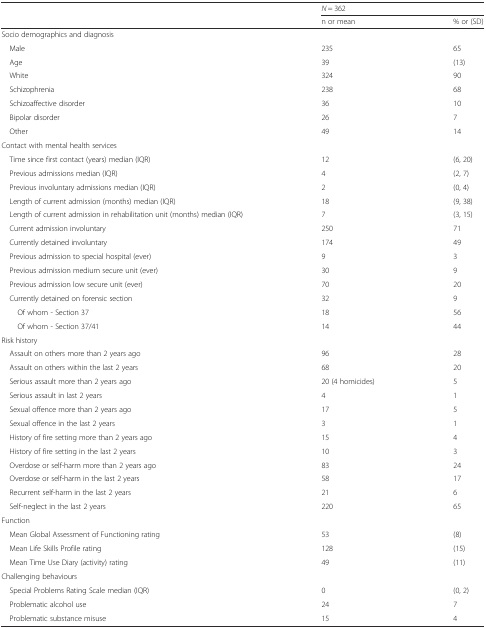
<table><thead><tr><td></td><td colspan="2"><b><i>N</i> = 362</b></td></tr><tr><td></td><td><b>n or mean</b></td><td><b>% or (SD)</b></td></tr></thead><tbody><tr><td>Socio demographics and diagnosis</td><td></td><td></td></tr><tr><td> Male</td><td>235</td><td>65</td></tr><tr><td> Age</td><td>39</td><td>(13)</td></tr><tr><td> White</td><td>324</td><td>90</td></tr><tr><td> Schizophrenia</td><td>238</td><td>68</td></tr><tr><td> Schizoaffective disorder</td><td>36</td><td>10</td></tr><tr><td> Bipolar disorder</td><td>26</td><td>7</td></tr><tr><td> Other</td><td>49</td><td>14</td></tr><tr><td>Contact with mental health services</td><td></td><td></td></tr><tr><td> Time since first contact (years) median (IQR)</td><td>12</td><td>(6, 20)</td></tr><tr><td> Previous admissions median (IQR)</td><td>4</td><td>(2, 7)</td></tr><tr><td> Previous involuntary admissions median (IQR)</td><td>2</td><td>(0, 4)</td></tr><tr><td> Length of current admission (months) median (IQR)</td><td>18</td><td>(9, 38)</td></tr><tr><td> Length of current admission in rehabilitation unit (months) median (IQR)</td><td>7</td><td>(3, 15)</td></tr><tr><td> Current admission involuntary</td><td>250</td><td>71</td></tr><tr><td> Currently detained involuntary</td><td>174</td><td>49</td></tr><tr><td> Previous admission to special hospital (ever)</td><td>9</td><td>3</td></tr><tr><td> Previous admission medium secure unit (ever)</td><td>30</td><td>9</td></tr><tr><td> Previous admission low secure unit (ever)</td><td>70</td><td>20</td></tr><tr><td> Currently detained on forensic section</td><td>32</td><td>9</td></tr><tr><td>Of whom - Section 37</td><td>18</td><td>56</td></tr><tr><td>Of whom - Section 37/41</td><td>14</td><td>44</td></tr><tr><td>Risk history</td><td></td><td></td></tr><tr><td> Assault on others more than 2 years ago</td><td>96</td><td>28</td></tr><tr><td> Assault on others within the last 2 years</td><td>68</td><td>20</td></tr><tr><td> Serious assault more than 2 years ago</td><td>20 (4 homicides)</td><td>5</td></tr><tr><td> Serious assault in last 2 years</td><td>4</td><td>1</td></tr><tr><td> Sexual offence more than 2 years ago</td><td>17</td><td>5</td></tr><tr><td> Sexual offence in the last 2 years</td><td>3</td><td>1</td></tr><tr><td> History of fire setting more than 2 years ago</td><td>15</td><td>4</td></tr><tr><td> History of fire setting in the last 2 years</td><td>10</td><td>3</td></tr><tr><td> Overdose or self-harm more than 2 years ago</td><td>83</td><td>24</td></tr><tr><td> Overdose or self-harm in the last 2 years</td><td>58</td><td>17</td></tr><tr><td> Recurrent self-harm in the last 2 years</td><td>21</td><td>6</td></tr><tr><td> Self-neglect in the last 2 years</td><td>220</td><td>65</td></tr><tr><td>Function</td><td></td><td></td></tr><tr><td> Mean Global Assessment of Functioning rating</td><td>53</td><td>(8)</td></tr><tr><td> Mean Life Skills Profile rating</td><td>128</td><td>(15)</td></tr><tr><td> Mean Time Use Diary (activity) rating</td><td>49</td><td>(11)</td></tr><tr><td>Challenging behaviours</td><td></td><td></td></tr><tr><td> Special Problems Rating Scale median (IQR)</td><td>0</td><td>(0, 2)</td></tr><tr><td> Problematic alcohol use</td><td>24</td><td>7</td></tr><tr><td> Problematic substance misuse</td><td>15</td><td>4</td></tr></tbody></table>